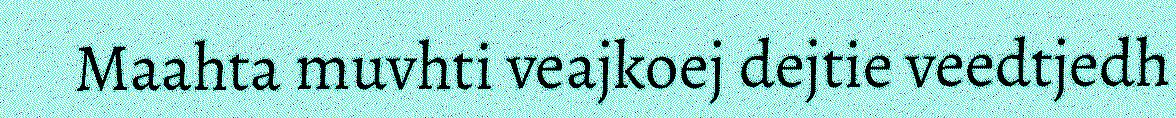
Maahta muvhti veajkoej dejtie veedtjedh